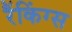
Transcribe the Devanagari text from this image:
रैंकिंग्स